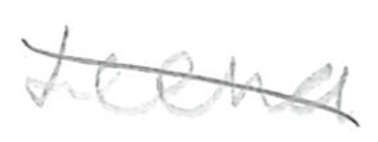
Text: Leena
Cross-out: diagonal
Writing tool: pencil